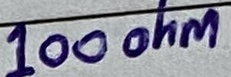
Text: 100ohm